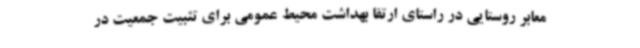
معابر روستایی در راستای ارتقا بهداشت محیط عمومی برای تثبیت جمعیت در